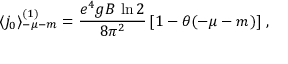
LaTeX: \langle j _ { 0 } \rangle _ { - \mu - m } ^ { ( 1 ) } = \frac { e ^ { 4 } g B \, \ln 2 } { 8 \pi ^ { 2 } } \, [ 1 - \theta ( - \mu - m ) ] \; ,